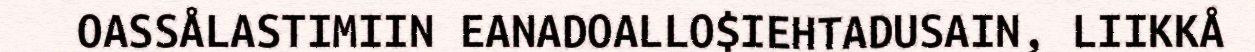
OASSÅLASTIMIIN EANADOALLO$IEHTADUSAIN, LIIKKÅ